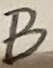
Text: B